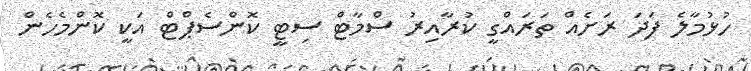
ހުޅުމާލެ ފަދަ ރަށެއް ތަރައްގީ ކުރާއިރު ސްމާޓް ސިޓީ ކޮންސެޕްޓް އަކީ ކޮންމެހެން